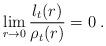
LaTeX: \begin{align*} \lim\limits_{r\to0}\frac{l_t(r)}{\rho_t(r)}=0\;. \end{align*}